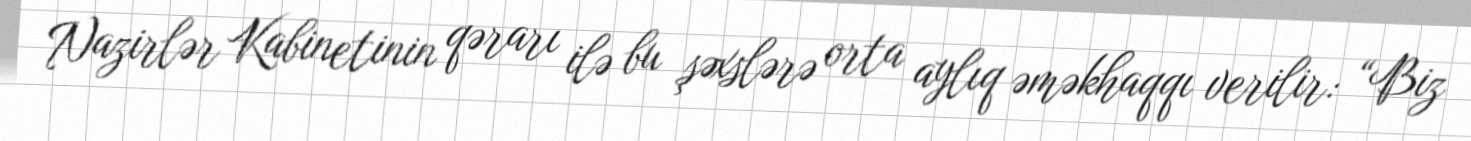
Nazirlər Kabinetinin qərarı ilə bu şəxslərə orta aylıq əməkhaqqı verilir: “Biz